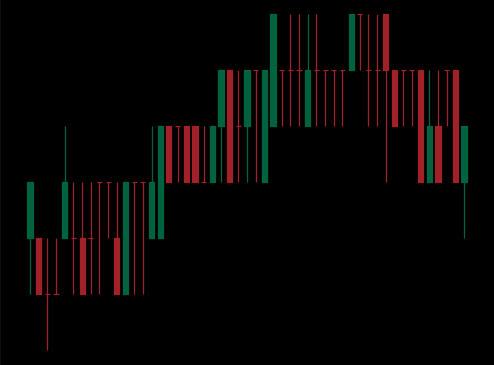
Pattern: bear_flag